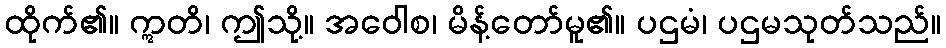
ထိုက်၏။ ဣတိ၊ ဤသို့။ အဝေါစ၊ မိန့်တော်မူ၏။ ပဌမံ၊ ပဌမသုတ်သည်။